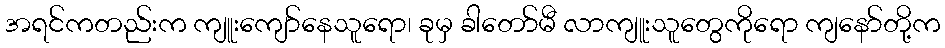
အရင်ကတည်းက ကျူးကျော်နေသူရော၊ ခုမှ ခါတော်မီ လာကျူးသူတွေကိုရော ကျနော်တို့က